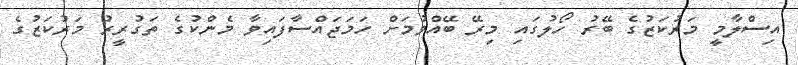
އިސްލާމީ މަރުކަޒުގެ ބޭރު ހޯލުގައި މިރޭ ބޭއްވުމަށް ހަމަޖައްސާފައިވާ މެންކުގެ ތަގުރީރު މަރުކަޒުގެ